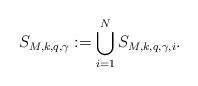
LaTeX: \begin{align*}S_{M, k, q, \gamma}:=\bigcup_{i=1}^NS_{M, k, q, \gamma, i}.\end{align*}